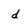
Character: d